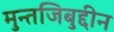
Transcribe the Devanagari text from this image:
मुन्तजिबुद्दीन